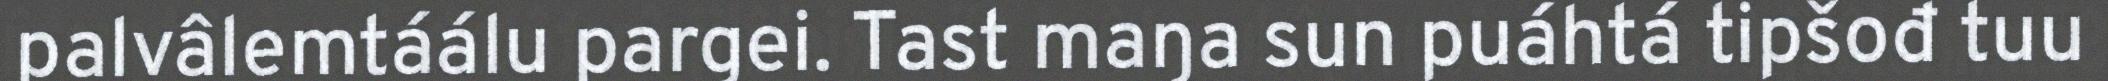
palvâlemtáálu pargei. Tast maŋa sun puáhtá tipšođ tuu